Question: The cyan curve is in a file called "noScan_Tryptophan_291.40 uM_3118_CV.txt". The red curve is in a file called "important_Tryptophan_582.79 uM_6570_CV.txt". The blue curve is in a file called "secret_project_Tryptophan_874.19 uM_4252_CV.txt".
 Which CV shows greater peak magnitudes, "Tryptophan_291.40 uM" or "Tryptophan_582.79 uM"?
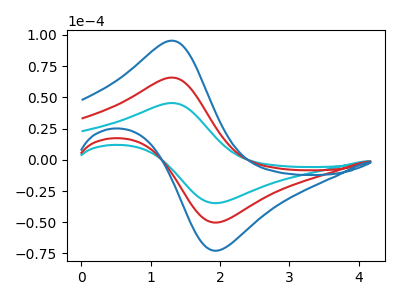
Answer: <think>The cyan curve "Tryptophan_291.40 uM" has an anodic peak at (1.30V, 45.50uA) and a cathodic peak at (1.95V, -34.65uA). The red curve "Tryptophan_582.79 uM" has an anodic peak at (1.30V, 65.90uA) and a cathodic peak at (1.95V, -50.20uA). The blue curve "Tryptophan_874.19 uM" has an anodic peak at (1.30V, 131.75uA) and a cathodic peak at (1.95V, -100.40uA).</think>
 <answer>Every peak in "Tryptophan_291.40 uM" is lower than every peak in "Tryptophan_582.79 uM".</answer>
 <eval>lower</eval>